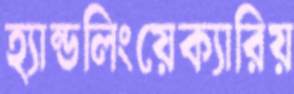
হ্যান্ডলিংয়েক্যারিয়